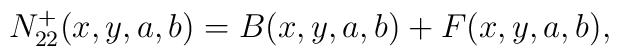
N_{22}^{+}(x,y,a,b)=B(x,y,a,b)+F(x,y,a,b),